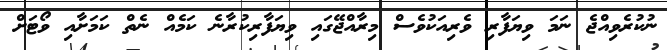
ނުކުރެވިއްޖެ ނަމަ ވިޔަފާރި ވެރިއަކުވެސް މިރާއްޖޭގައި ވިޔަފާރިކުރާނެ ކަމެއް ނެތް ކަމަށާއި ވޯޓަށް